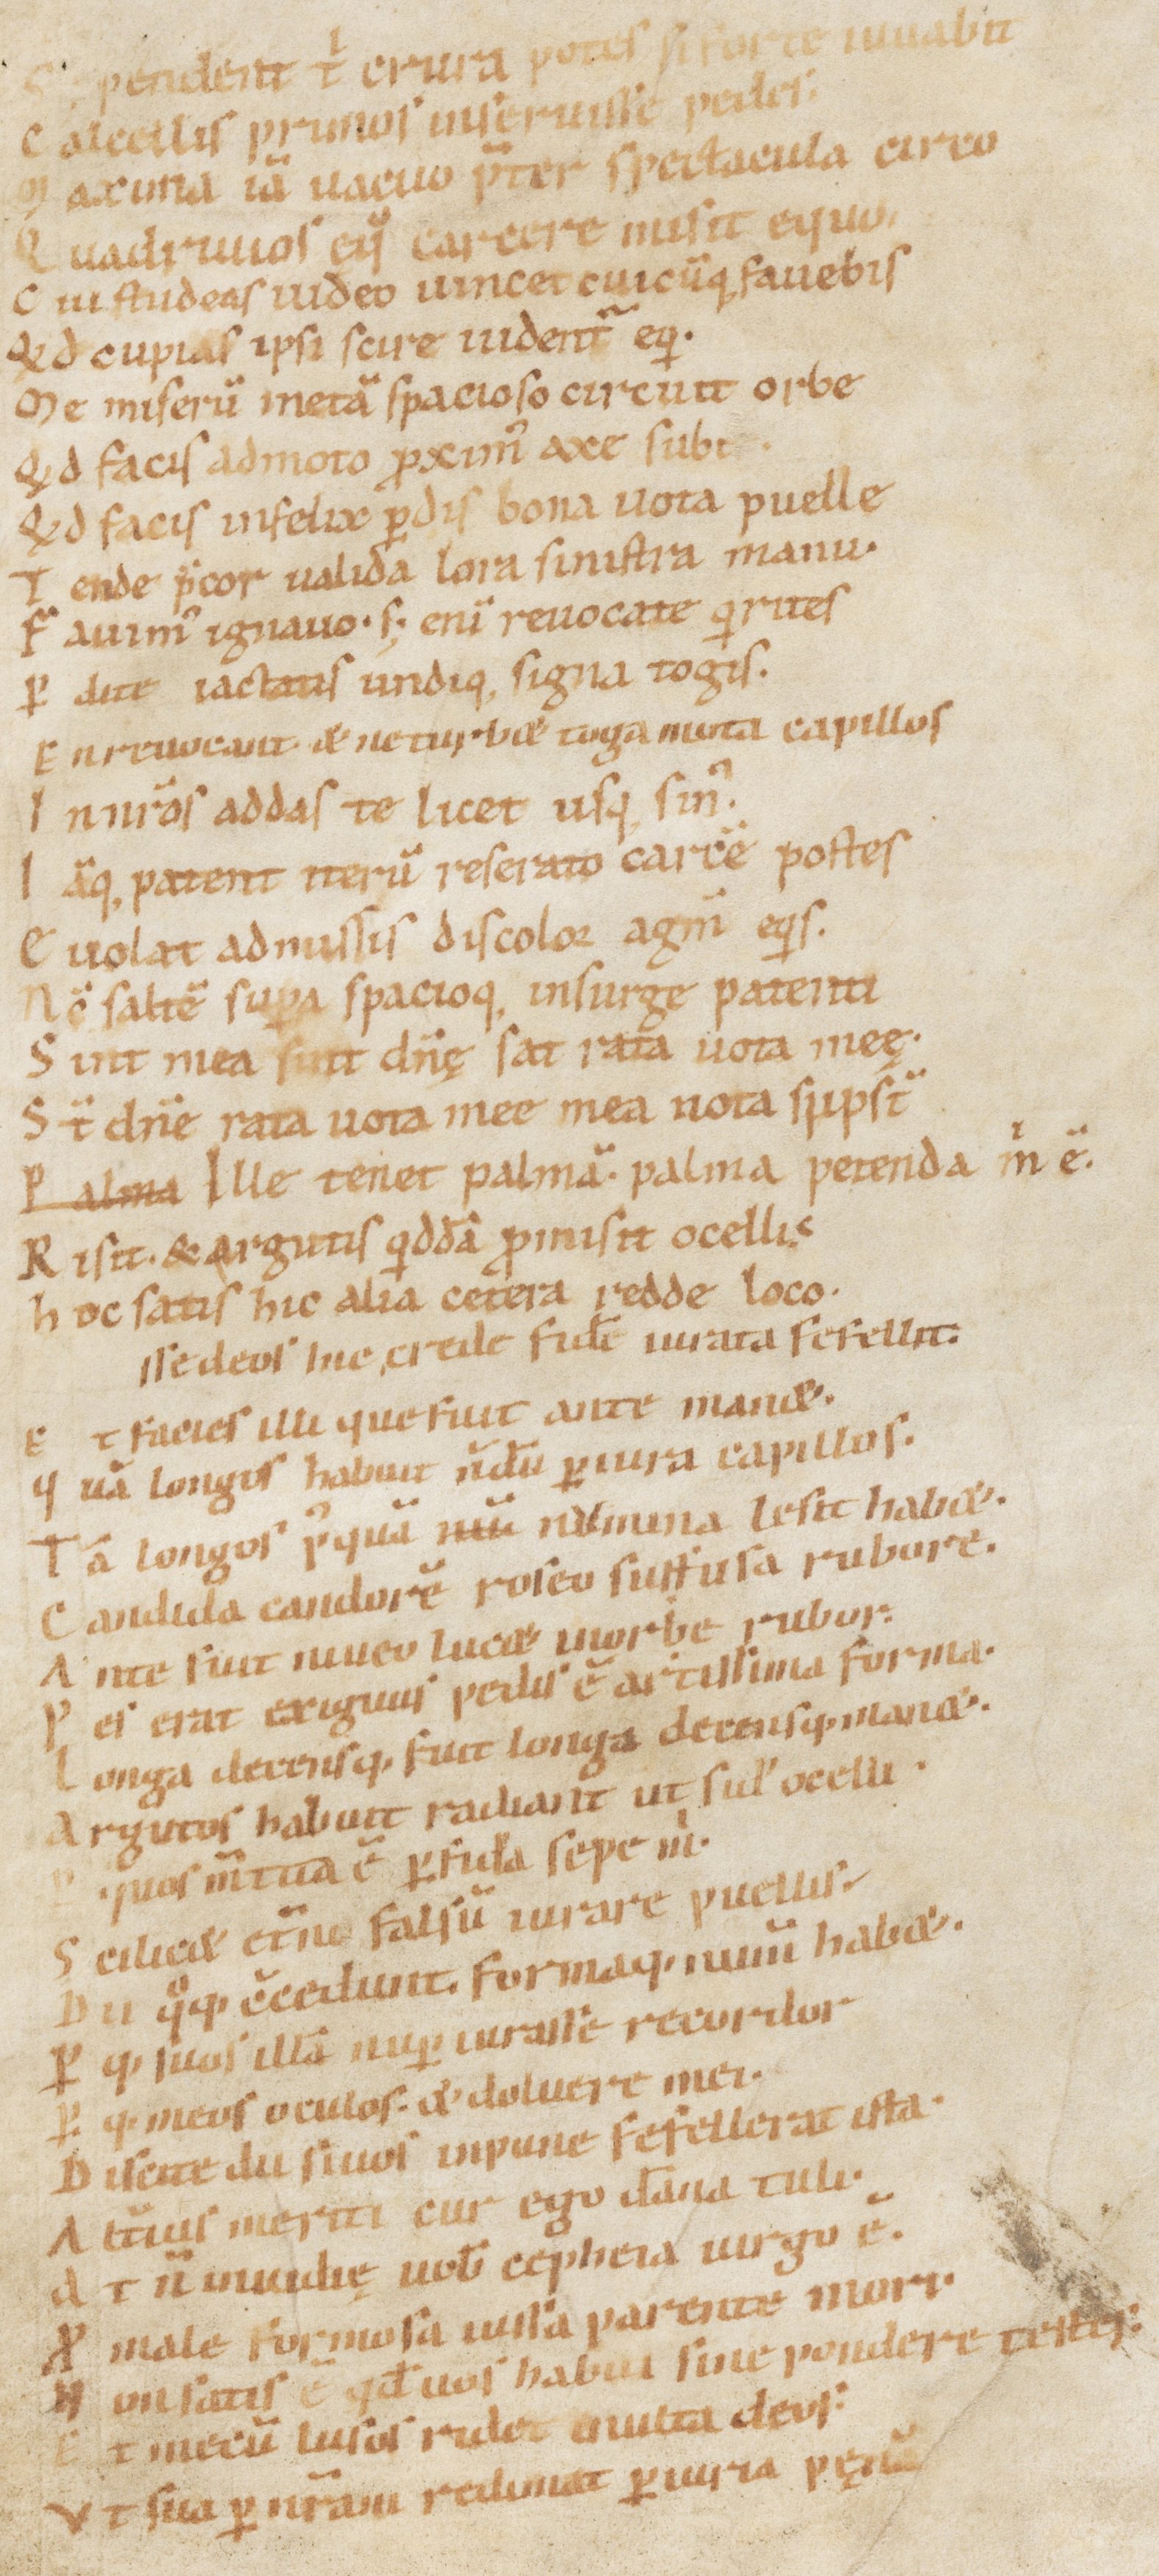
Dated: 1000–1099